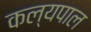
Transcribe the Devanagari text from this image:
कल्यपाल